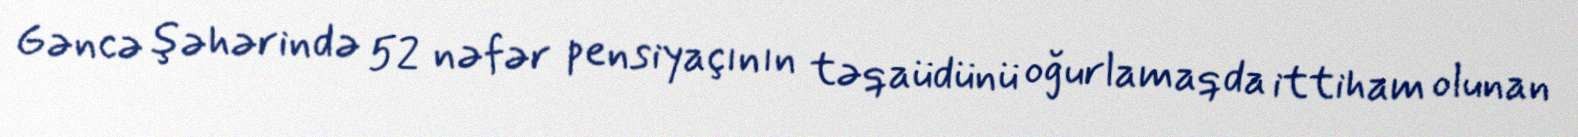
Gəncə şəhərində 52 nəfər pensiyaçının təqaüdünü oğurlamaqda ittiham olunan